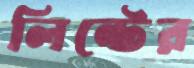
লিন্টের